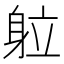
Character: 䠴